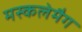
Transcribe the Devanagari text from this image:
मस्कलेमैग